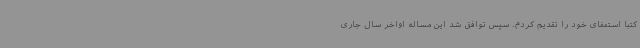
کتبا استعفای خود را تقدیم کردم. سپس توافق شد این مساله اواخر سال جاری